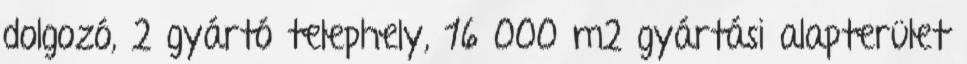
dolgozó, 2 gyártó telephely, 16 000 m2 gyártási alapterület